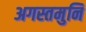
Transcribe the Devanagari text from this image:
अगस्तमुनि